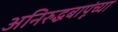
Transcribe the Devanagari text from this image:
अनिरुद्धबापूंच्या